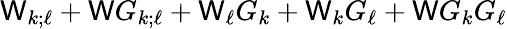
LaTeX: \mathsf{W}_{k;\ell}+\mathsf{W}G_{k;\ell}+\mathsf{W}_{\ell}G_{k}+\mathsf{W}_{k}G_{\ell}+\mathsf{W}G_{k}G_{\ell}